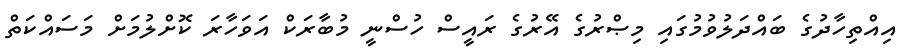
އިއްތިހާދުގެ ބައްދަލުވުމުގައި މިޞްރުގެ އޭރުގެ ރައީސް ހުސްނީ މުބާރަކް އަވަހާރަ ކޮށްލުމަށް މަސައްކަތް